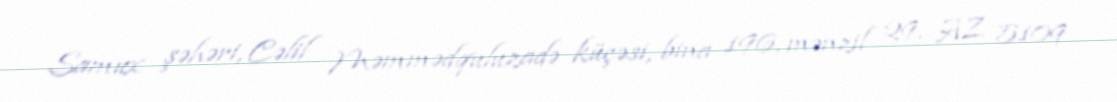
Samux şəhəri, Cəlil Məmmədquluzadə küçəsi, bina 196, mənzil 29, AZ 5109